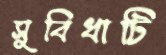
সুবিধাটি